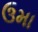
ઉમા